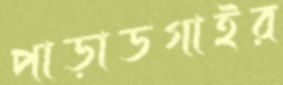
পাড়াডগাইর